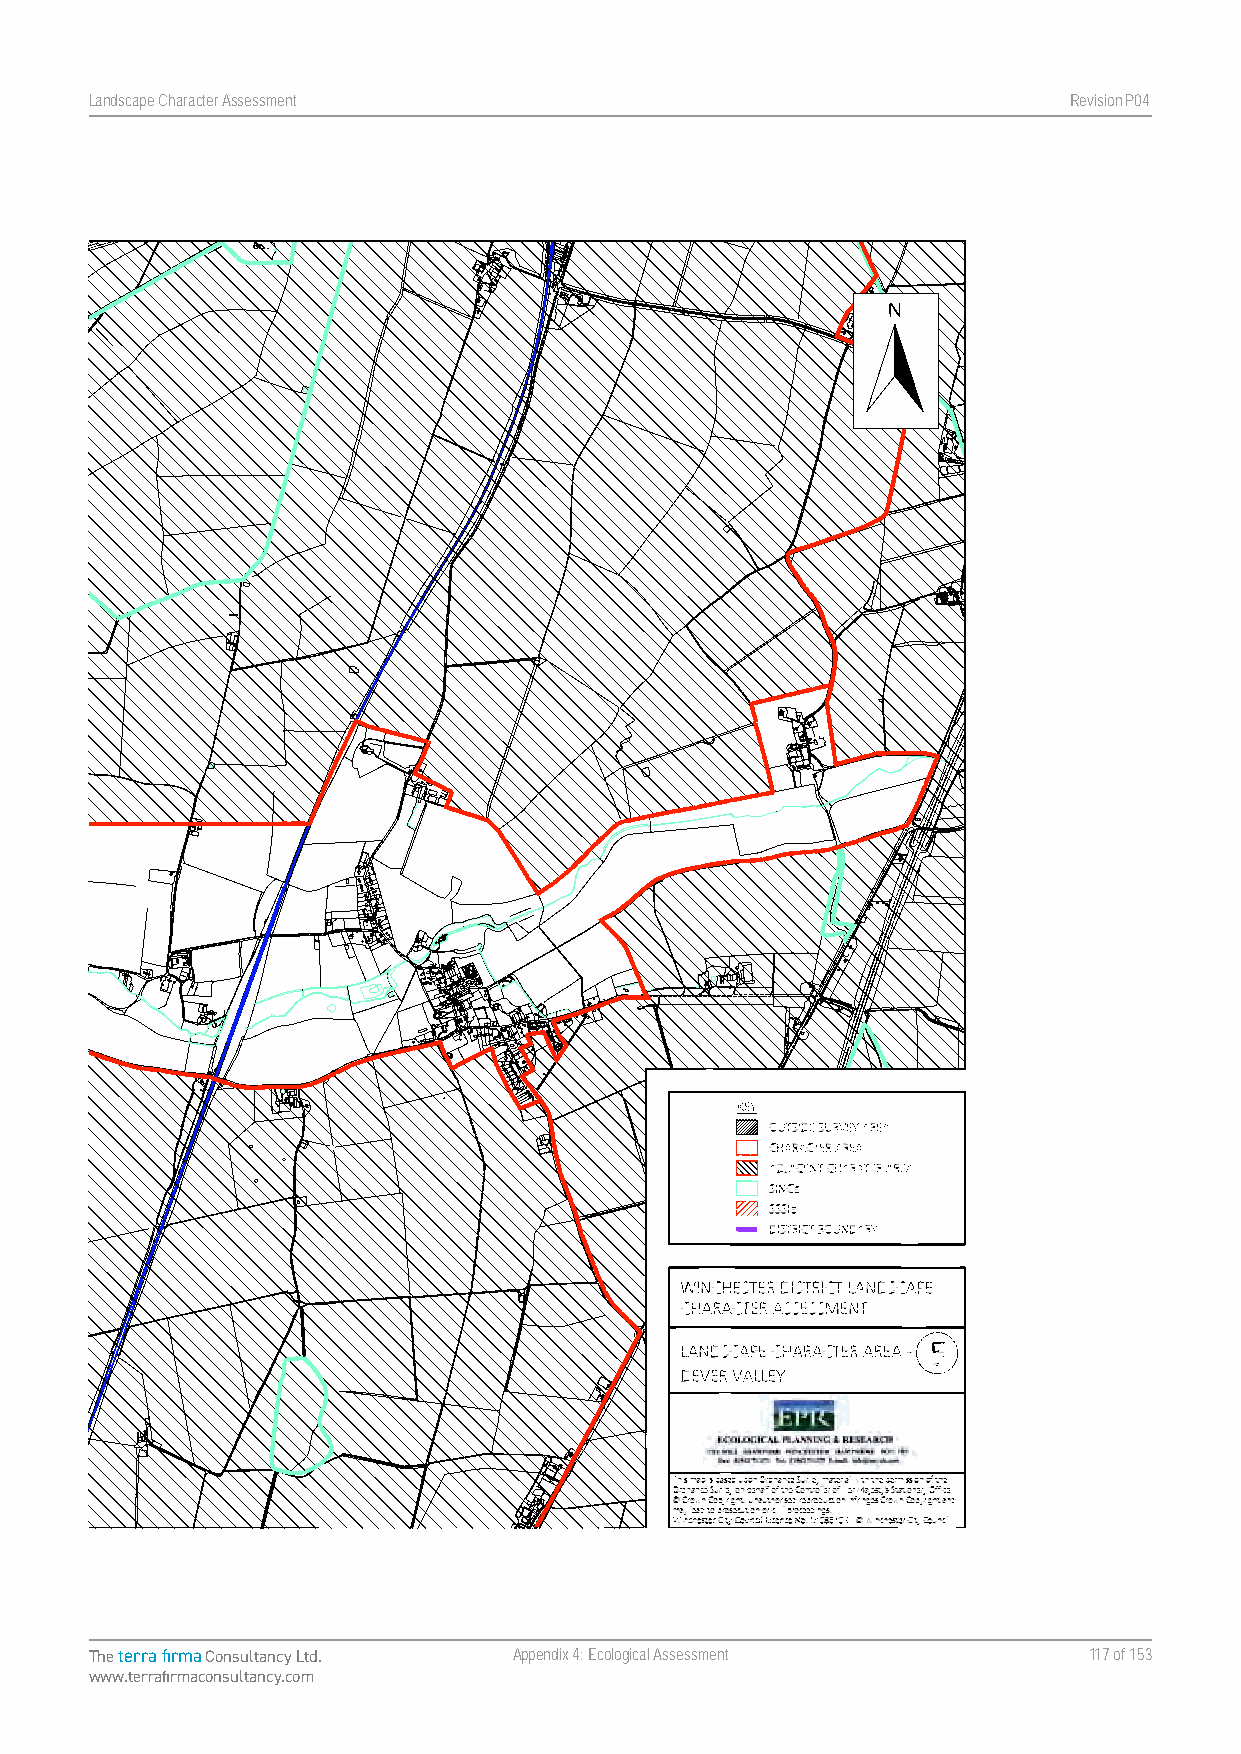
Landscape Character Assessment                                   RevisionP047
 Map 5. Landscape Character Area - Dever Valley
 Landscape Character Assessment Appendix Four Winchester City Council
 The terra firma Consultancy Ltd. Appendix 4: Ecological Assessment 117 of 153
 www.terrafirmaconsultancy.com